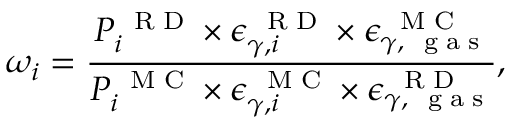
\omega _ { i } = \frac { P _ { i } ^ { \mathrm { ~ \tiny ~ R ~ D ~ } } \times \epsilon _ { \gamma , i } ^ { \mathrm { ~ \tiny ~ R ~ D ~ } } \times \epsilon _ { \gamma , \mathrm { ~ \tiny ~ g ~ a ~ s ~ } } ^ { \mathrm { ~ \tiny ~ M ~ C ~ } } } { { P _ { i } ^ { \mathrm { ~ \tiny ~ M ~ C ~ } } \times \epsilon _ { \gamma , i } ^ { \mathrm { ~ \tiny ~ M ~ C ~ } } } \times \epsilon _ { \gamma , \mathrm { ~ \tiny ~ g ~ a ~ s ~ } } ^ { \mathrm { ~ \tiny ~ R ~ D ~ } } } ,